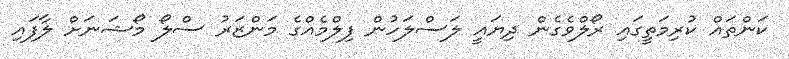
ކަންތައް ކުރިމަތީގައި ރޯލްވެގެން ދިޔައީ ލަސްލަހުން ފިލްމެއްގެ މަންޒަރު ސްލޯ މޯޝަނަށް ލާފައި